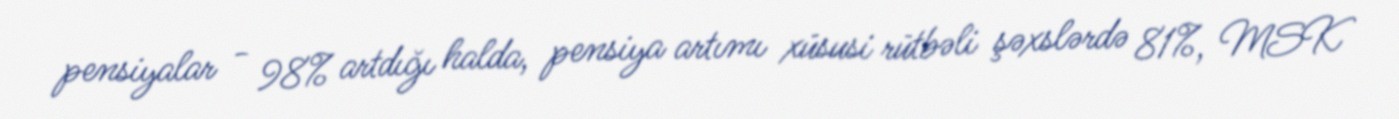
pensiyalar - 98% artdığı halda, pensiya artımı xüsusi rütbəli şəxslərdə 81%, MSK